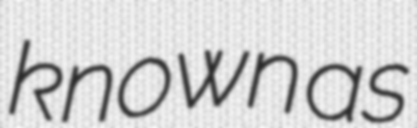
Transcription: known as